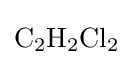
{\mathrm {C} {\vphantom {A}}_{\smash[{t}]{2}}\mathrm {H} {\vphantom {A}}_{\smash[{t}]{2}}\mathrm {Cl} {\vphantom {A}}_{\smash[{t}]{2}}}